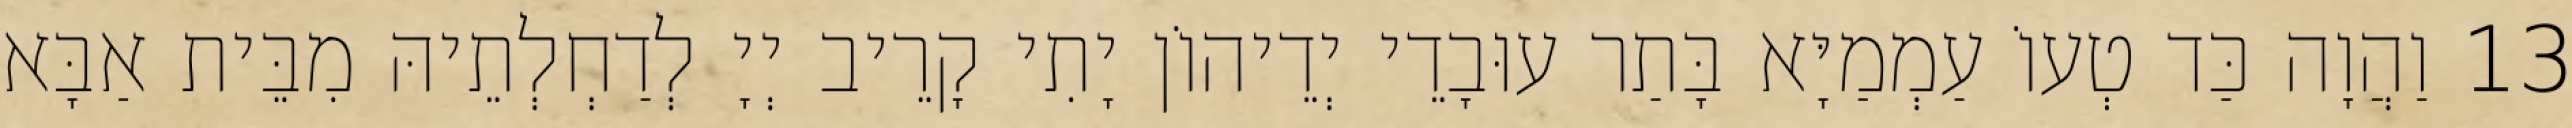
13 וַהֲוָה כַּד טְעוֹ עַמְמַיָּא בָּתַר עוּבָדֵי יְדֵיהוֹן יָתִי קָרֵיב יְיָ לְדַחְלְתֵיהּ מִבֵּית אַבָּא